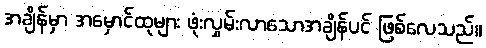
အချိန်မှာ အမှောင်ထုများ ဖုံးလွှမ်းလာသောအချိန်ပင် ဖြစ်လေသည်။